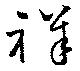
祥